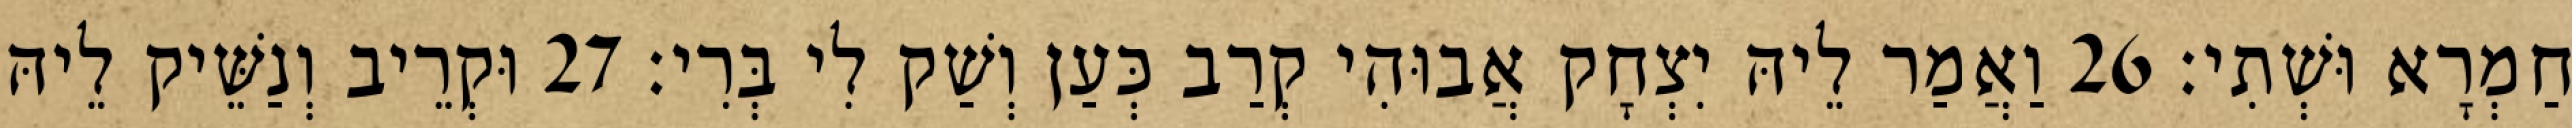
חַמְרָא וּשְׁתִי׃ 26 וַאֲמַר לֵיהּ יִצְחָק אֲבוּהִי קְרַב כְּעַן וְשַׁק לִי בְּרִי׃ 27 וּקְרֵיב וְנַשֵּׁיק לֵיהּ